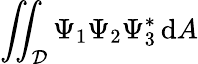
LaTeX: \iint_{\mathcal{D}}\Psi_{1}\Psi_{2}\Psi_{3}^{*}\, \mathrm{d}A